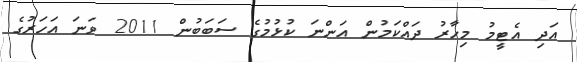
އަދި އެޓީމު މިހާރު ދައްކަމުން އަންނަ ކުޅުމުގެ ސަބަބުން 2011 ވަނަ އަހަރުގެ